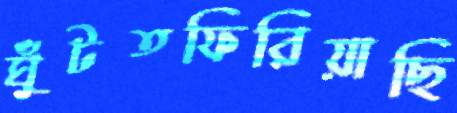
ঘুঁটতফিরিয়াছি